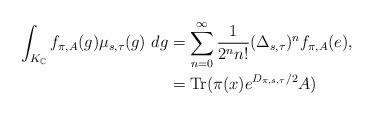
LaTeX: \begin{align*}\int_{K_{\mathbb{C}}}f_{\pi,A}(g)\mu_{s,\tau}(g)~dg & =\sum_{n=0}^{\infty}\frac{1}{2^{n}n!}(\Delta_{s,\tau})^{n}f_{\pi,A}(e),\\& =\mathrm{Tr}(\pi(x)e^{D_{\pi,s,\tau}/2}A) \end{align*}